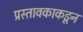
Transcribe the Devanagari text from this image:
प्रस्तावकाकडून